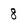
Character: 8